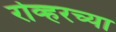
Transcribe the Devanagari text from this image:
रोव्हरच्या